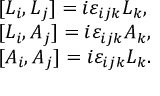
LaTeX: \begin{array} { l } { { [ L _ { i } , L _ { j } ] = i \varepsilon _ { i j k } L _ { k } , } } \\ { { { [ } L _ { i } , A _ { j } ] = i \varepsilon _ { i j k } A _ { k } , } } \\ { { { [ } A _ { i } , A _ { j } ] = i \varepsilon _ { i j k } L _ { k } . } } \end{array}